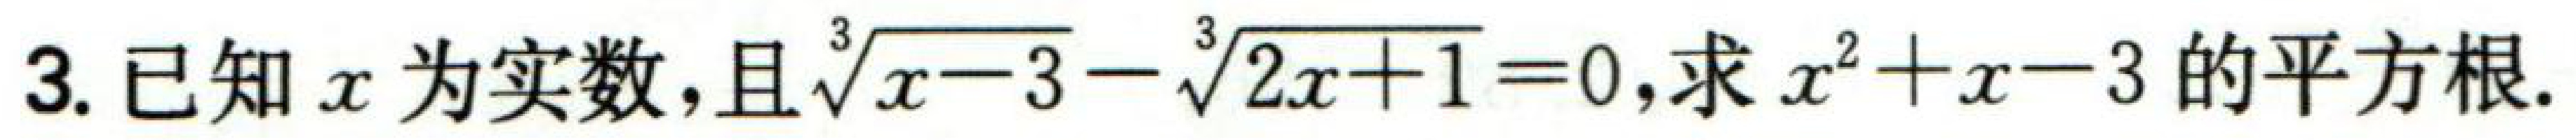
已知\(x\)为实数，且\(\sqrt[3]{x - 3}-\sqrt[3]{2x + 1}=0\)，求\(x^{2}+x - 3\)的平方根.